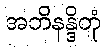
အဘိနန္ဒိတုံ